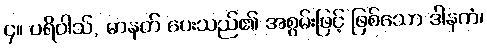
၄။ ပရိဝါသ်, မာနတ် ပေးသည်၏ အစွမ်းဖြင့် ဖြစ်သော ဒါနကံ၊